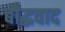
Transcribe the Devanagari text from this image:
बौद्धवाद